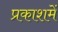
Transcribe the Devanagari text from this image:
प्रकाशमें